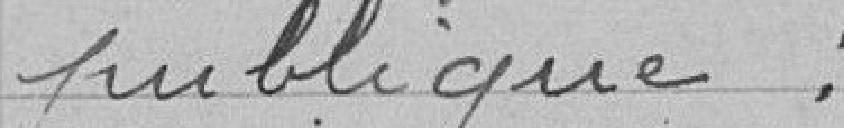
publique.